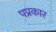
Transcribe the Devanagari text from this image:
पप्रकार